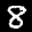
Label: 8